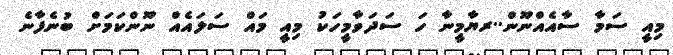
މިއީ ސަމާ ސާއެއްނޫން..ރޔާމީނާ ހަ ސަދަވާމީހަކު މިއީ މައް ސަލައެއް ނޫންކަމަށް ބުނެފާނެ